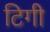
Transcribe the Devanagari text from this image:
टिगी